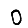
Digit: 0